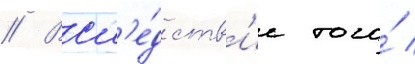
// Всл'е́дств'ие того́ /